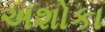
અશોકા